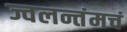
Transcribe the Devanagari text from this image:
ज्वलन्तंमचं